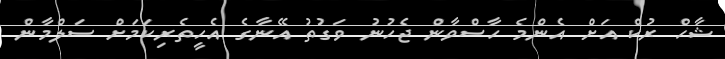
ޝާހް ރުކް އަށް އެންމެ ހާސްވާން ޖެހުނު ވަގުތު އޭނާގެ އެހީތެރިކަމަށް ސަލްމާން